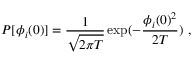
P [ \phi _ { i } ( 0 ) ] = \frac { 1 } { \sqrt { 2 \pi T } } \exp ( - \frac { \phi _ { i } ( 0 ) ^ { 2 } } { 2 T } ) ~ ,